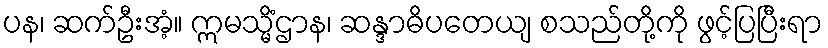
ပန၊ ဆက်ဦးအံ့။ ဣမသ္မိံဌာန၊ ဆန္ဒာဓိပတေယျ စသည်တို့ကို ဖွင့်ပြပြီးရာ